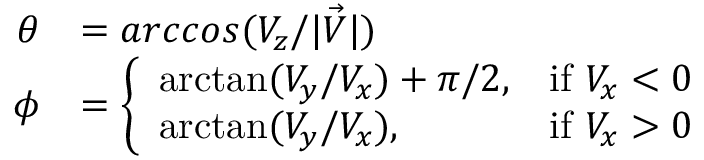
\begin{array} { r l } { \theta } & { = a r c c o s ( { V _ { z } / \lvert \Vec { V } \rvert } ) } \\ { \phi } & { = \left\{ \begin{array} { l l } { \arctan ( V _ { y } / V _ { x } ) + \pi / 2 , } & { \mathrm { i f ~ } V _ { x } < 0 } \\ { \arctan ( V _ { y } / V _ { x } ) , } & { \mathrm { i f ~ } V _ { x } > 0 } \end{array} \right. } \end{array}